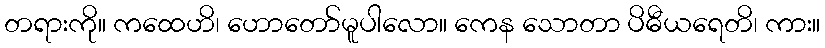
တရားကို။ ကထေဟိ၊ ဟောတော်မူပါလော။ ကေန သောတာ ပိဓီယရေတိ၊ ကား။